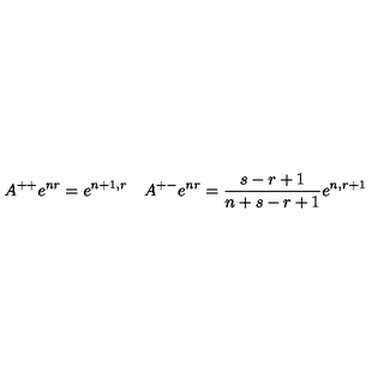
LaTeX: A ^ { + + } e ^ { n r } = e ^ { n + 1 , r } \quad A ^ { + - } e ^ { n r } = \frac { s - r + 1 } { n + s - r + 1 } e ^ { n , r + 1 }